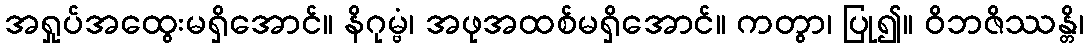
အရှုပ်အထွေးမရှိအောင်။ နိဂုမ္ဗံ၊ အဖုအထစ်မရှိအောင်။ ကတွာ၊ ပြု၍။ ဝိဘဇိဿန္တိ၊